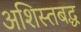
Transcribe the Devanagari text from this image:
अशिस्तबद्ध